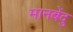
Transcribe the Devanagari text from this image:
मानबेंदु